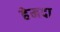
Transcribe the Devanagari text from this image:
हेमदा